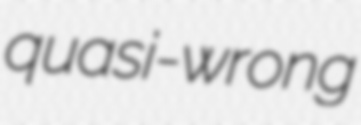
quasi-wrong